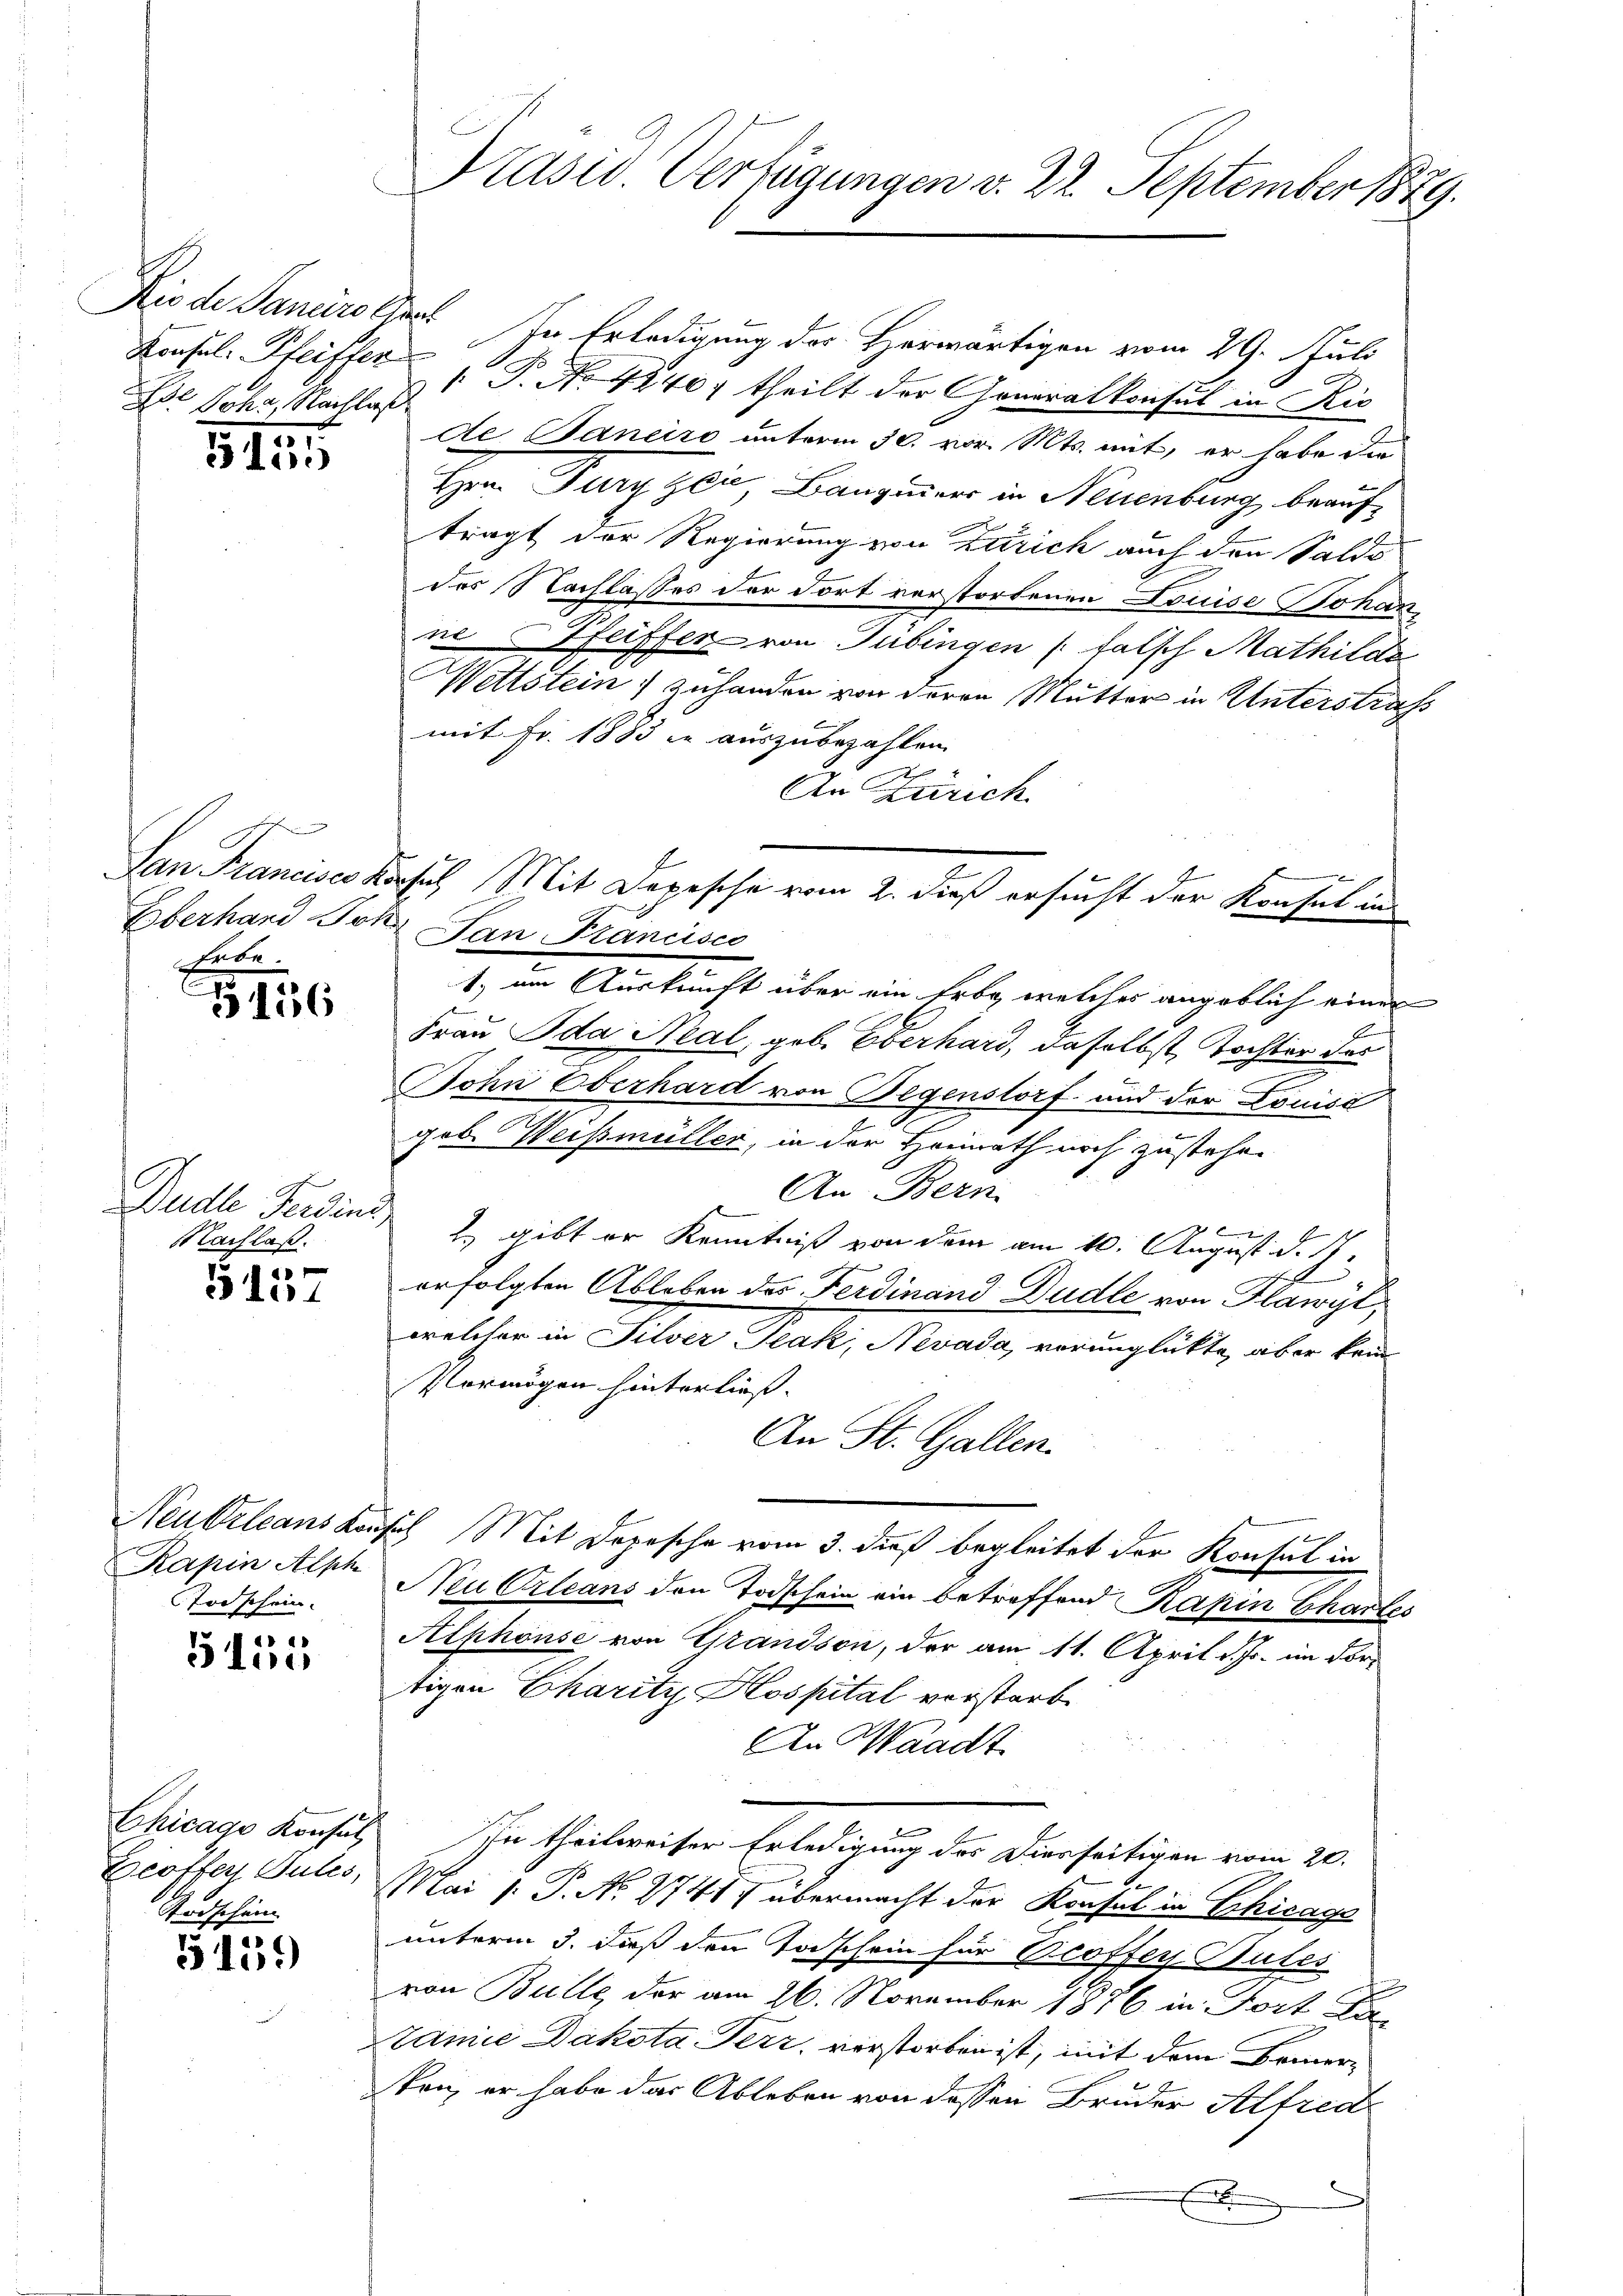
Dr Johr, Nachlas

511

hute.

G 156

Budle Ferdini,
Nachlaß.

5157

Rapin Alph
Todschein.

5155

Chicago Konsul
Geothen Pules,
Todschein

5159

Die de Sancirothen In Erledigung des Herwärtigen vom 29. Juli
Koafel. Pfeiffer   P. Nr. 4240, theilt der Generalkonsul in Kis
de Janeiro unterm 30. vor. Mts. mit, er habe die
Hrn. Jury Zeile, Bauginners in Neuenburg beaufträgt der Regierung von Zürich auch den Saldo
des Nachlasses der dort verstorbenen Louise Johanne Pfeiffer von Tübingen falsch Mathilde
Wettstein) zuhanden von deren Mutter in Unterstrafs
mit Fr. 1883 in auszubezahlen.
d
An Zürich
Überhard Joh. Jan Francisco
1.) am Auskunft über ein Erbg, welches angeblich einer
Frau Ida Real, geb. Oberhard, daselbst Tochter des
Bohn Oberhard von Begenstorf und der Louise
geb. Weißmüller, in der Heinrath noch zustehen
An Bern.

2., gibt er Kenntniß von dem am 10. August d. 17.
f
erfolgten Ableben des Ferdinand Dudle von Hawyl,
welcher in Silver zak, Nevada, verunglückte, aber kein
Vermögen hinterliess. |
An St. Gallen.
Neubelcans Konsul Mit Depesche vom 3. dieß begleitet der Konsul in
Neu Orleans den Todschein ein betreffend Kapin Chartes
Alphonse von Grandson, der am 11. April d. Js. im dortigen Charitz Hospital vorstarb
An Waadt
In theilweiser Erledigung des Diesseitigen vom 20.
7.
Mai l. P. No. 2741 übermacht der Konsul in Schicage
unterm 3. daß den Taschein für Proffer Butes
von Bulle, der am 26. November 1876 in Fort Latamie Dakota. Ferr, verstorben ist, mit dem Bauerken, er habe das Ableben von dessen Bruder Alfred
n

Präsid. Verfügungen v. 22. September 1879.

Lan Francisco Korsich Mit Depesche vom 2. dieß ersucht der Konsul in

e